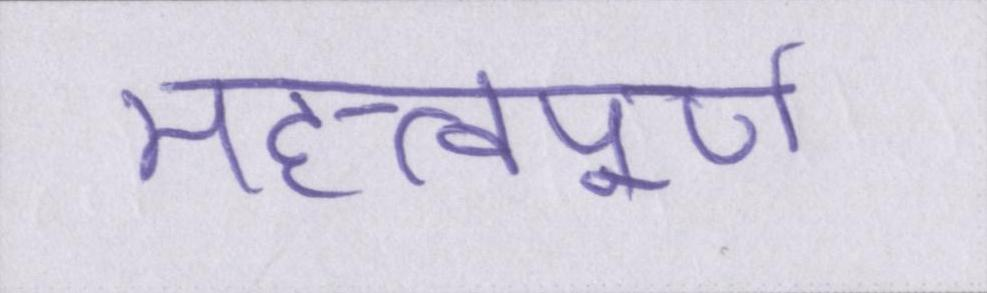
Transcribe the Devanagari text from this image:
महत्त्वपूर्ण